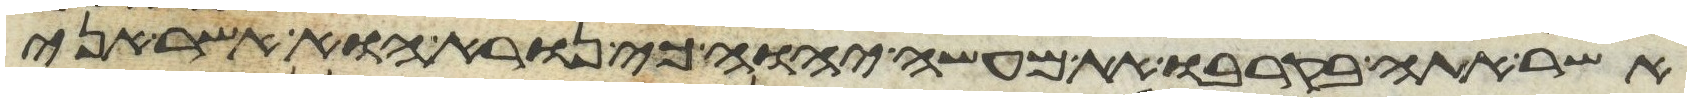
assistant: אשר אתה בקרבו את מעשה יהוה כי נורא הוא אשר אני